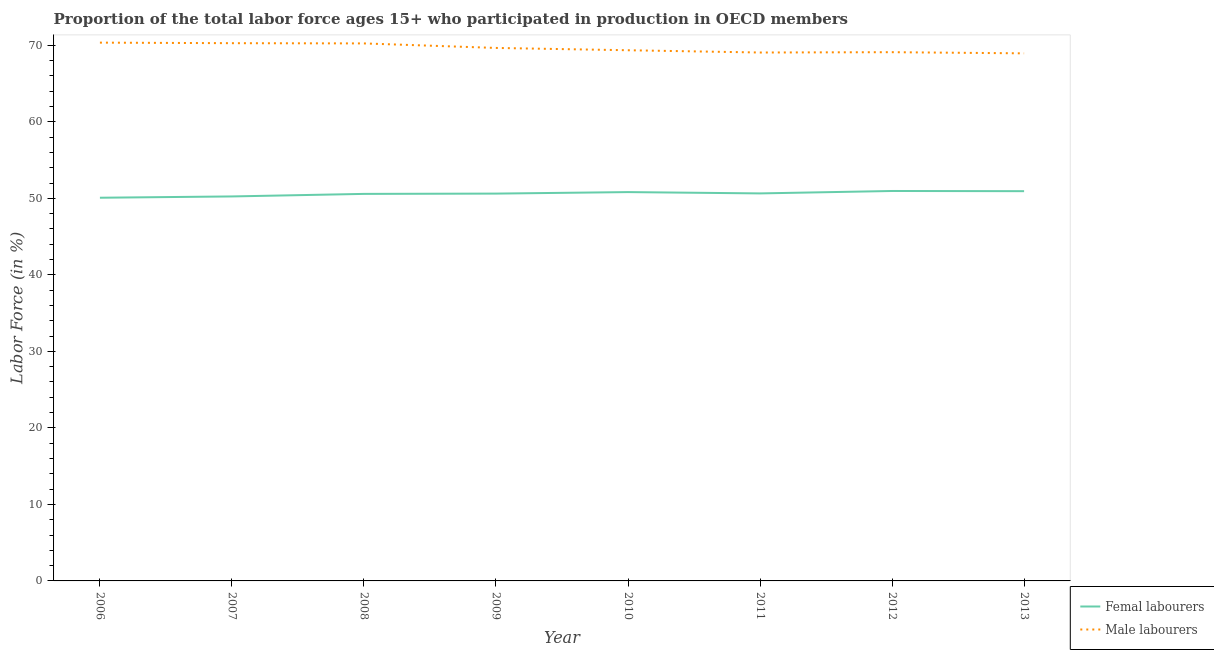
| Year | Femal labourers | Male labourers |
 | --- | --- | --- |
 | 2006 | 50.1 | 70.4 |
 | 2007 | 50.3 | 70.3 |
 | 2008 | 50.6 | 70.3 |
 | 2009 | 50.6 | 69.7 |
 | 2010 | 50.8 | 69.4 |
 | 2011 | 50.6 | 69.1 |
 | 2012 | 51 | 69.1 |
 | 2013 | 50.9 | 69 |